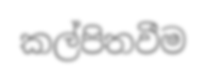
කල්පිතවීම